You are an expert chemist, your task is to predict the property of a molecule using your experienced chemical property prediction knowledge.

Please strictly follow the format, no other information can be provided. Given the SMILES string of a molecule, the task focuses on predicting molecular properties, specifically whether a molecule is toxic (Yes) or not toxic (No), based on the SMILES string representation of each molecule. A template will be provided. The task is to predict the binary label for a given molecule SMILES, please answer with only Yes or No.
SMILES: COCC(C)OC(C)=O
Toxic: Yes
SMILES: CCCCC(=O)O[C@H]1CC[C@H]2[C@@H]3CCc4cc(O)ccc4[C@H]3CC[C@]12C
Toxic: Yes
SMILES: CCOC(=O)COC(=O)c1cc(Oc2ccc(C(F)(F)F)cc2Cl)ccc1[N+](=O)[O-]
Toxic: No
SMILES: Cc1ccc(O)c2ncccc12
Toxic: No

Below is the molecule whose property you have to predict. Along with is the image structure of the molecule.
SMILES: CCOC(=O)CCl
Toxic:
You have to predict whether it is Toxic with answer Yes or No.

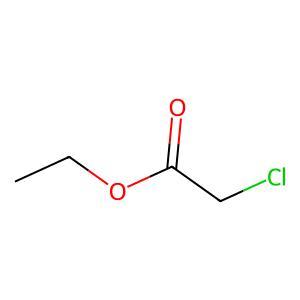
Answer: No